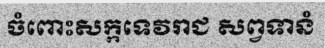
ចំពោះសក្កទេវរាជ សព្វទានំ